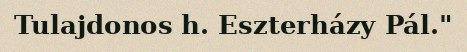
Tulajdonos h. Eszterházy Pál."